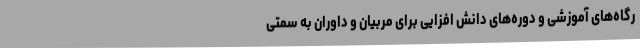
رگاه‌های آموزشی و دوره‌های دانش افزایی برای مربیان و داوران به سمتی